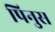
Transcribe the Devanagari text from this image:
पिनुस